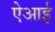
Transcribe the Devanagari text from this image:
ऐआई